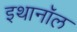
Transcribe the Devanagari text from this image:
इथानॉल